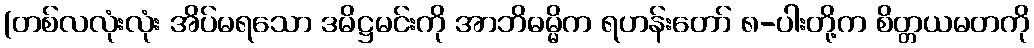
(တစ်လလုံးလုံး အိပ်မရသော ဒမိဋ္ဌမင်းကို အာဘိဓမ္မိက ရဟန်းတော် ၈-ပါးတို့က စိတ္တယမတကို